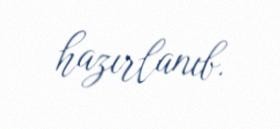
hazırlanıb.